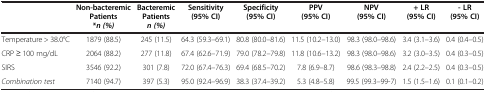
|  | Non-bacteremic Patients *n (%) | Bacteremic Patients n (%) | Sensitivity (95% CI) | Specificity (95% CI) | PPV (95% CI) | NPV (95% CI) | + LR (95% CI) | - LR (95% CI) |
 | --- | --- | --- | --- | --- | --- | --- | --- | --- |
 | Temperature > 38.0°C | 1879 (88.5) | 245 (11.5) | 64.3 (59.3–69.1) | 80.8 (80.0–81.6) | 11.5 (10.2–13.0) | 98.3 (98.0–98.6) | 3.4 (3.1–3.6) | 0.4 (0.4–0.5) |
 | CRP ≥ 100 mg/dL | 2064 (88.2) | 277 (11.8) | 67.4 (62.6–71.9) | 79.0 (78.2–79.8) | 11.8 (10.6–13.2) | 98.3 (98.0–98.6) | 3.2 (3.0–3.5) | 0.4 (0.3–0.5) |
 | SIRS | 3546 (92.2) | 301 (7.8) | 72.0 (67.4–76.3) | 69.4 (68.5–70.2) | 7.8 (6.9–8.7) | 98.6 (98.3–98.8) | 2.4 (2.2–2.5) | 0.4 (0.3–0.5) |
 | Combination test | 7140 (94.7) | 397 (5.3) | 95.0 (92.4–96.9) | 38.3 (37.4–39.2) | 5.3 (4.8–5.8) | 99.5 (99.3–99-7) | 1.5 (1.5–1.6) | 0.1 (0.1–0.2) |